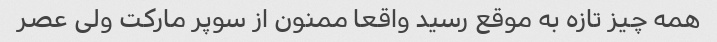
همه چیز تازه به موقع رسید واقعا ممنون از سوپر مارکت ولی عصر